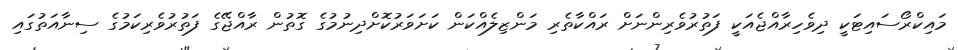
މައިކްރޯސައިޓަކީ ދިވެހިރާއްޖެއަކީ ފަތުރުވެރިންނަށް ރައްކާތެރި މަންޒިލެއްކަން ކަށަވަރުކޮށްދިނުމުގެ ގޮތުން ރާއްޖޭގެ ފަތުރުވެރިކަމުގެ ސިނާއަތުގައި